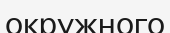
окружного